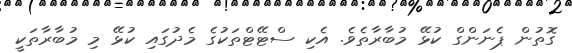
ގޮތުން ޕެނަންގް ކުޅޭ މުބާރާތެވެ. އެކި ސްޓޭޓްތަކުގެ މެދުގައި ކުޅޭ މި މުބާރާތަކީ